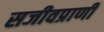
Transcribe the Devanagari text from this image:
सजीवप्राणी